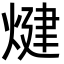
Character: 煡